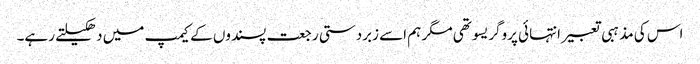
اس کی مذہبی تعبیر انتہائی پروگریسو تھی مگر ہم اسے زبردستی رجعت پسندوں کے کیمپ میں دھکیلتے رہے۔